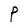
Character: P